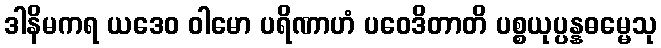
ဒါနိမကရ ယဒေဝ ဝါမော ပရိဏာဟံ ပဝေဒိတာတိ ပစ္စယုပ္ပန္နဓမ္မေသု